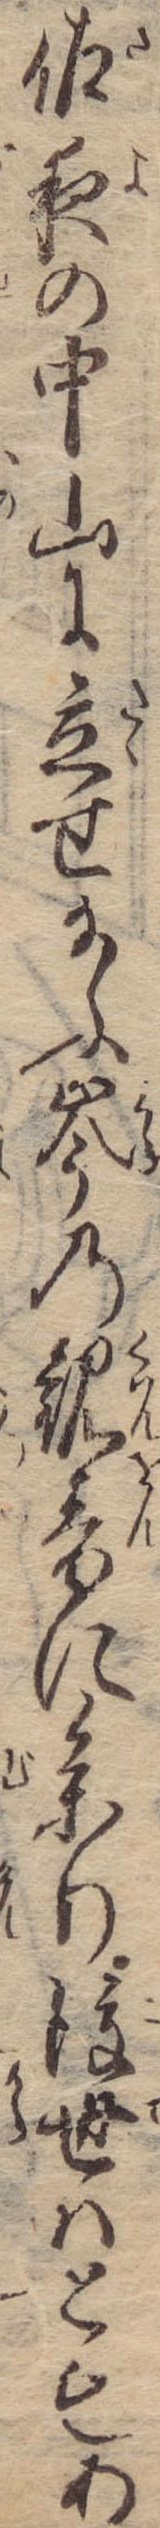
佐夜の中山に立せ給ふ岑の観音に参り後世はともあ